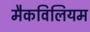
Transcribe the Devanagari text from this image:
मैकविलियम